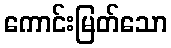
ကောင်းမြတ်သော